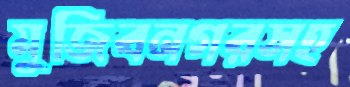
মুজিবনগরসহ